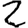
Digit: 2